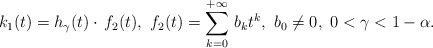
\begin{align*}k_1(t) = h_{\gamma}(t) \cdot \, f_2(t),\ f_2(t)=\sum_{k=0}^{+\infty}\, b_k t^k, \ b_0 \not = 0,\ 0<\gamma<1-\alpha.\end{align*}